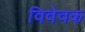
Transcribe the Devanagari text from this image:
विवेवक